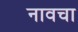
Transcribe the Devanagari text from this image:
नावचा